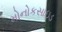
મોનોકસાઇડ